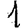
Digit: 1